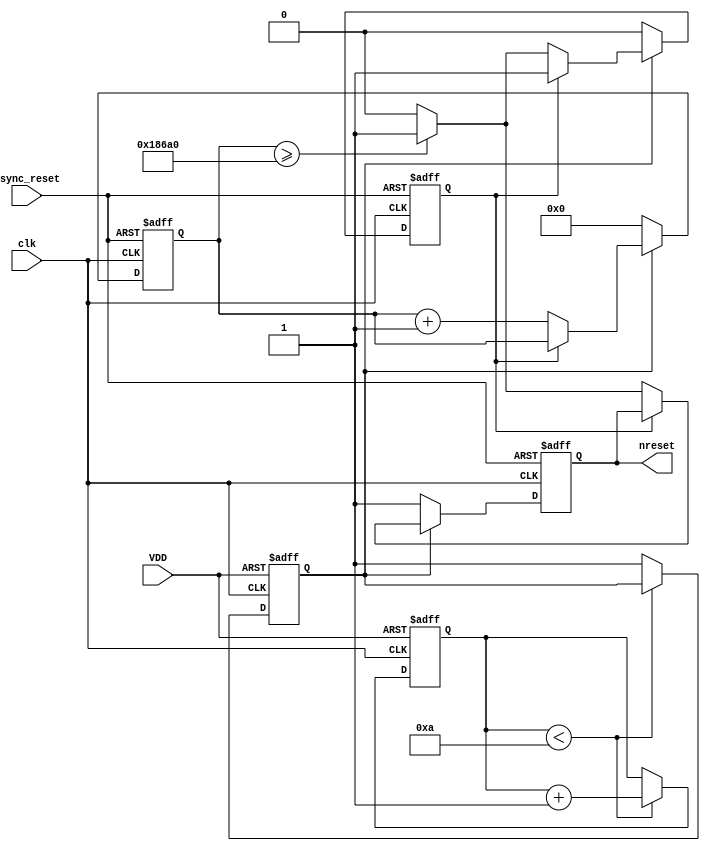
module PowerOnReset (
    input wire VDD,            // Power supply signal
    input wire async_reset,    // Asynchronous reset signal
    input wire clk,            // System clock
    output reg nreset          // Active low reset signal
);

    // Parameters
    parameter RESET_DURATION = 100_000; // Reset duration in clock cycles
    parameter DEBOUNCE_DURATION = 10;     // Debounce window in clock cycles

    // Internal signals
    reg [17:0] counter;         // Counter for timing control
    reg debounce;               // Debounce signal
    reg power_on;               // Indicates power is stable
    reg [3:0] debounce_counter; // Debounce counter

    // Initial block to set nreset to 1 (active low)
    initial begin
        nreset = 1'b1;          // nreset is asserted at the start
        power_on = 1'b0;       // Power initially off
        counter = 0;
        debounce = 1'b0;
        debounce_counter = 0;
    end

    // Debounce logic
    always @(posedge clk or negedge VDD) begin
        if (!VDD) begin
            debounce_counter <= 0;
            debounce <= 1'b0;   // Reset debounce signal if power fails
        end else if (debounce_counter < DEBOUNCE_DURATION) begin
            debounce_counter <= debounce_counter + 1;
        end else begin
            debounce <= 1'b1;    // Power is stable
        end
    end

    // Power-on reset generation
    always @(posedge clk or posedge async_reset) begin
        if (async_reset) begin
            nreset <= 1'b1;      // Asynchronous reset active high
            counter <= 0;
            power_on <= 1'b0;
        end else if (!debounce) begin
            nreset <= 1'b1;      // Keep nreset asserted until power is stable
            counter <= 0;
            power_on <= 1'b0;
        end else begin
            if (power_on == 1'b0) begin
                nreset <= 1'b0;  // Assert reset
                counter <= counter + 1;
                if (counter >= RESET_DURATION) begin
                    nreset <= 1'b1; // Deassert reset after duration
                    power_on <= 1'b1; // System is powered on
                end
            end
        end
    end

endmodule